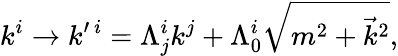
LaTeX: k^{i}\rightarrow k^{\prime\ i}=\Lambda_{j}^{i}k^{j}+\Lambda_{0}^{i}\sqrt{m^{2}+{\vec{k}}^{2}},